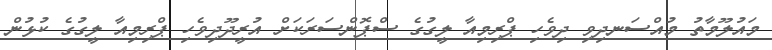
މައުލޫމާތު މުއްސަނދިވި ދިވެހި ޕްރިމިއާ ލީގުގެ ސްޕޮންސަރަކަށް އުރީދޫދިވެހި ޕްރިމިއާ ލީގުގެ ކުޅުން